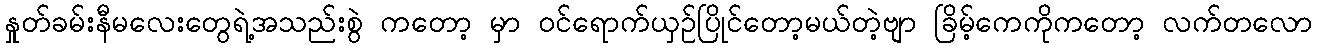
နှုတ်ခမ်းနီမလေးတွေရဲ့အသည်းစွဲ ကတော့ မှာ ဝင်ရောက်ယှဉ်ပြိုင်တော့မယ်တဲ့ဗျာ ခြိမ့်ကေကိုကတော့ လက်တလော